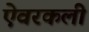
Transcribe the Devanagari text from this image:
ऐवरकली